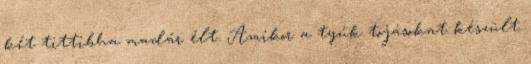
két tittibha madár élt. Amikor a tyúk tojásokat készült